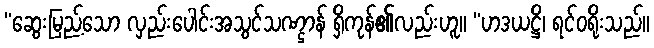
“ဆွေးမြည့်သော လှည်းပေါင်းအသွင်သဏ္ဌာန် ရှိကုန်၏လည်းဟူ။ “ဟဒယဋ္ဌိ၊ ရင်ဝရိုးသည်။